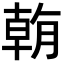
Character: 𣎍